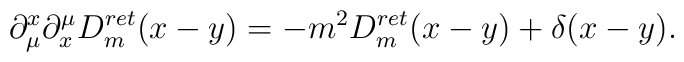
\partial_\mu^x \partial_x^\mu D^{ret}_m (x-y) = - m^2 D^{ret}_m (x-y) +\delta(x-y).